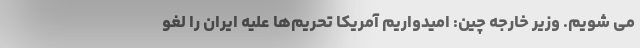
می شویم. وزیر خارجه چین: امیدواریم آمریکا تحریم‌ها علیه ایران را لغو